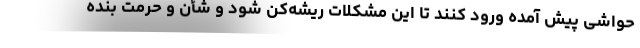
حواشی پیش آمده ورود کنند تا این مشکلات ریشه‌کن شود و شأن و حرمت بنده